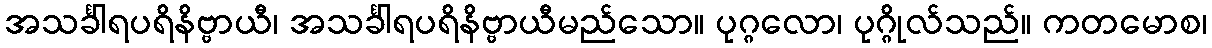
အသင်္ခါရပရိနိဗ္ဗာယီ၊ အသင်္ခါရပရိနိဗ္ဗာယီမည်သော။ ပုဂ္ဂလော၊ ပုဂ္ဂိုလ်သည်။ ကတမောစ၊